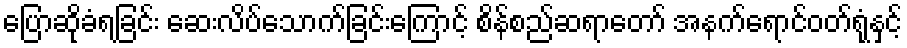
ပြောဆိုခံရခြင်း ဆေးလိပ်သောက်ခြင်းကြောင့် စိန်စည်ဆရာတော် အနက်ရောင်ဝတ်ရုံနှင့်